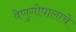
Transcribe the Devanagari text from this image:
वेणुगोपालाचे